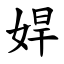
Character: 娨